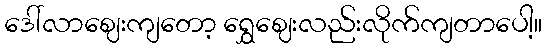
ဒေါ်လာဈေးကျတော့ ရွှေဈေးလည်းလိုက်ကျတာပေါ့။